Report on lock hospitals in British Burma
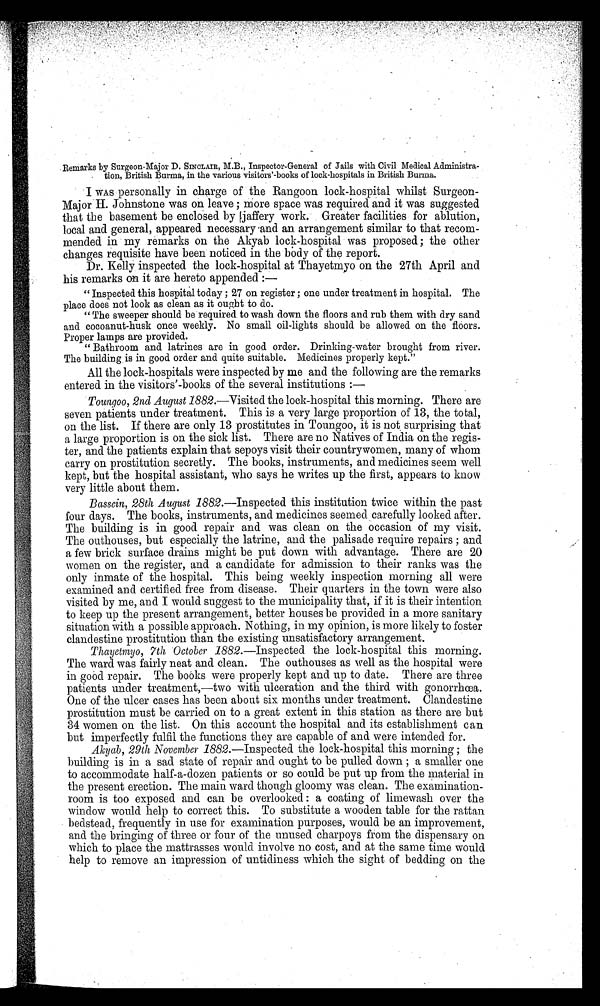
Remarks by Surgeon-Major D. SINCLAIR, M.B ., Inspector-General of Jails with Civil Medical Administra-
tion, British Burma, in the various visitors'-books of lock-hospitals in British Burma.
I WAS personally in charge of the Rangoon lock-hospital whilst Surgeon-
Major H. Johnstone was on leave ; more space was required and it was suggested
that the basement be enclosed by jaffery work. Greater facilities for ablution,
local and general, appeared necessary and an arrangement similar to that recom-
mended in my remarks on the Akyab lock-hospital was proposed ; the other
changes requisite have been noticed in the body of the report.
Dr. Kelly inspected the lock-hospital at Thayetmyo on the 27th April and
his remarks on it are hereto appended : —
"Inspected this hospital today ; 27 on register ; one under treatment in hospital. The
place does not look as clean as it ought to do.
" The sweeper should be required to wash down the floors and rub them with dry sand
and cocoanut-husk once weekly. No small oil-lights should be allowed on the floors.
Proper lamps are provided.
" Bathroom and latrines are in good order. Drinking-water brought from river.
The building, is in good order and quite suitable. Medicines properly kept."
All the lock-hospitals were inspected by me and the following are the remarks
entered in the visitors'-books of the several institutions : —
Toungoo, 2nd August 1882.—Visited the lock-hospital this morning. There are
seven patients under treatment. This is a very large proportion of 13, the total,
on the list. If there are only 13 prostitutes in Toungoo, it is not surprising that
a large proportion is on the sick list. There are no Natives of India on the regis-
ter, and the patients explain that sepoys visit their countrywomen, many of whom
carry on prostitution secretly. The books, instruments, and medicines seem well
kept, but the hospital assistant, who says he writes up the first, appears to know
very little about them.
Bassein, 28th August 1882.—Inspected this institution twice within the past
four days. The books, instruments, and medicines seemed carefully looked after.
The building is in good repair and was clean on the occasion of my visit.
The outhouses, but especially the latrine, and the palisade require repairs ; and
a few brick surface drains might be put down with advantage. There are 20
women on the register, and a candidate for admission to their ranks was the
only inmate of the hospital. This being weekly inspection morning all were
examined and certified free from disease. Their quarters in the town were also
visited by me, and I would suggest to the municipality that, if it is their intention
to keep up the present arrangement, better houses be provided in a more sanitary
situation with a possible approach. Nothing, in my opinion, is more likely to foster
clandestine prostitution than the existing unsatisfactory arrangement.
Thayetmyo, 7th October 1882.—Inspected the lock-hospital this morning.
The ward was fairly neat and clean. The outhouses as well as the hospital were
in good repair. The boas were properly kept and up to date. There are three
patients under treatment,—two with ulceration and the third with gonorrhœa.
One of the ulcer cases has been about six months under treatment. Clandestine
prostitution must be carried on to a great extent in this station as there are but
34 women on the list. On this account the hospital and its establishment can
but imperfectly fulfil the functions they are capable of and were intended for.
Akyab, 29th November 1882.—Inspected the lock-hospital this morning ; the
building is in a sad state of repair and ought to be pulled down ; a smaller one
to accommodate half-a-dozen patients or so could be put up from the material in
the present erection. The main ward though gloomy was clean. The examination-
room is too exposed and can be overlooked : a coating of limewash over the
window would help to correct this. To substitute a wooden table for the rattan
bedstead, frequently in use for examination purposes, would be an improvement,
and the bringing of three or four of the unused charpoys from the dispensary on
which to place the mattresses would involve no cost, and at the same time would
help to remove an impression of untidiness which the sight of bedding on the